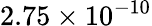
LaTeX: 2.75\times 10^{-10}